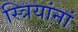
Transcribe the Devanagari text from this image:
स्त्रियांनां